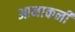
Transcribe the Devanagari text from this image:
आनाकनी